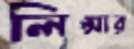
লিপ্সার